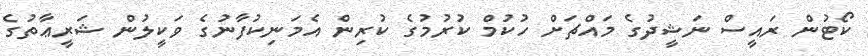
ކޯޓުން ރައީސް ނަޝީދުގެ މައްޗަށް ހުކުމް ކުރުމުގެ ކުރިން އެމަނިކުފާނުގެ ވަކީލުން ޝަރީޢާތުގެ